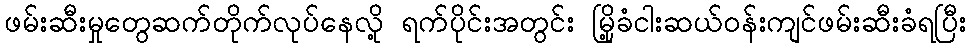
ဖမ်းဆီးမှုတွေဆက်တိုက်လုပ်နေလို့ ရက်ပိုင်းအတွင်း မြို့ခံငါးဆယ်ဝန်းကျင်ဖမ်းဆီးခံရပြီး